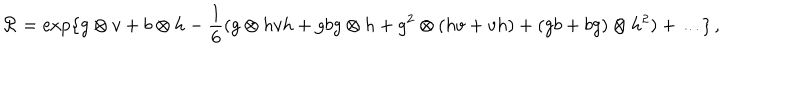
LaTeX: { \cal R } = \mathrm { e x p } \{ g \otimes v + b \otimes h - \frac { 1 } { 6 } ( g \otimes h v h + g b g \otimes h + g ^ { 2 } \otimes ( h v + v h ) + ( g b + b g ) \otimes h ^ { 2 } ) + \ldots \} \, ,